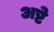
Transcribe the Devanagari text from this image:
अष्टे